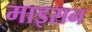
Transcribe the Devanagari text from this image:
माइसन